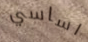
اساسي